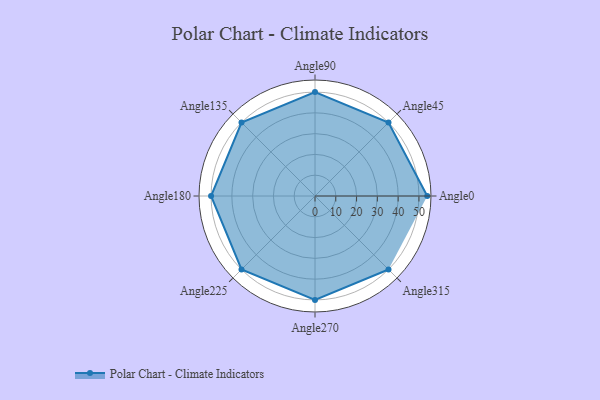
{"axis": {"x": "Angle", "y": "Radius"}, "legend": [""], "data": [{"x": "Angle0", "y": 54.0, "type": ""}, {"x": "Angle45", "y": 50, "type": ""}, {"x": "Angle90", "y": 50, "type": ""}, {"x": "Angle135", "y": 50, "type": ""}, {"x": "Angle180", "y": 50, "type": ""}, {"x": "Angle225", "y": 50, "type": ""}, {"x": "Angle270", "y": 50, "type": ""}, {"x": "Angle315", "y": 50, "type": ""}]}